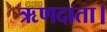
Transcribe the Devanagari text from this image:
ऋणदाता।